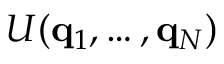
U ( \mathbf { q } _ { 1 } , \dots , \mathbf { q } _ { N } )